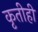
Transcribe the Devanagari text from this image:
कृतीही